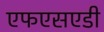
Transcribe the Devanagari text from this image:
एफएसएडी